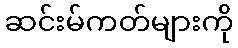
ဆင်းမ်ကတ်များကို